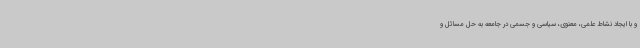
و با ایجاد نشاط علمی، معنوی، سیاسی و جسمی در جامعه به حل مسائل و